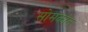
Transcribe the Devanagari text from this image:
सोमकांत